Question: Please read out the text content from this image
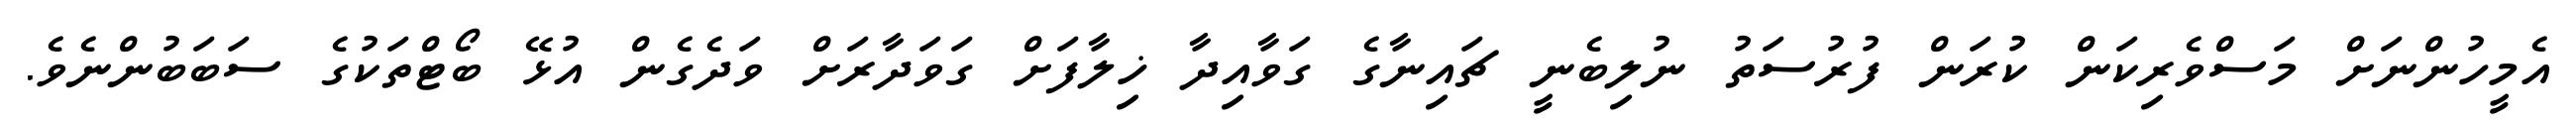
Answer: އެމީހުންނަށް މަސްވެރިކަން ކުރަން ފުރުސަތު ނުލިބެނީ ޗައިނާގެ ގަވާއިދާ ޚިލާފަށް ގަވަދާރަށް ވަދެގެން އުޅޭ ބޯޓްތަކުގެ ސަބަބުންނެވެ.